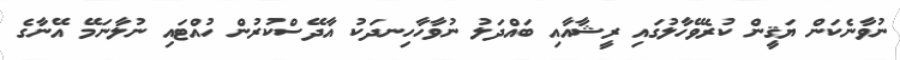
ނުވާނެކަން ޔަޤީން ކުރެވޭހާލުގައި ރީޝާއާއި ބައްދަލު ނުވާހާހިނދަކު އާދޭސްކުރުުން ހުއްޓައި ނުލާނަމޭ އޭނާގެ